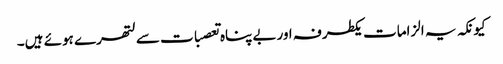
کیونکہ یہ الزامات یکطرفہ اوربے پناہ تعصبات سے لتھرے ہوئے ہیں۔